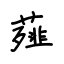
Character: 薤